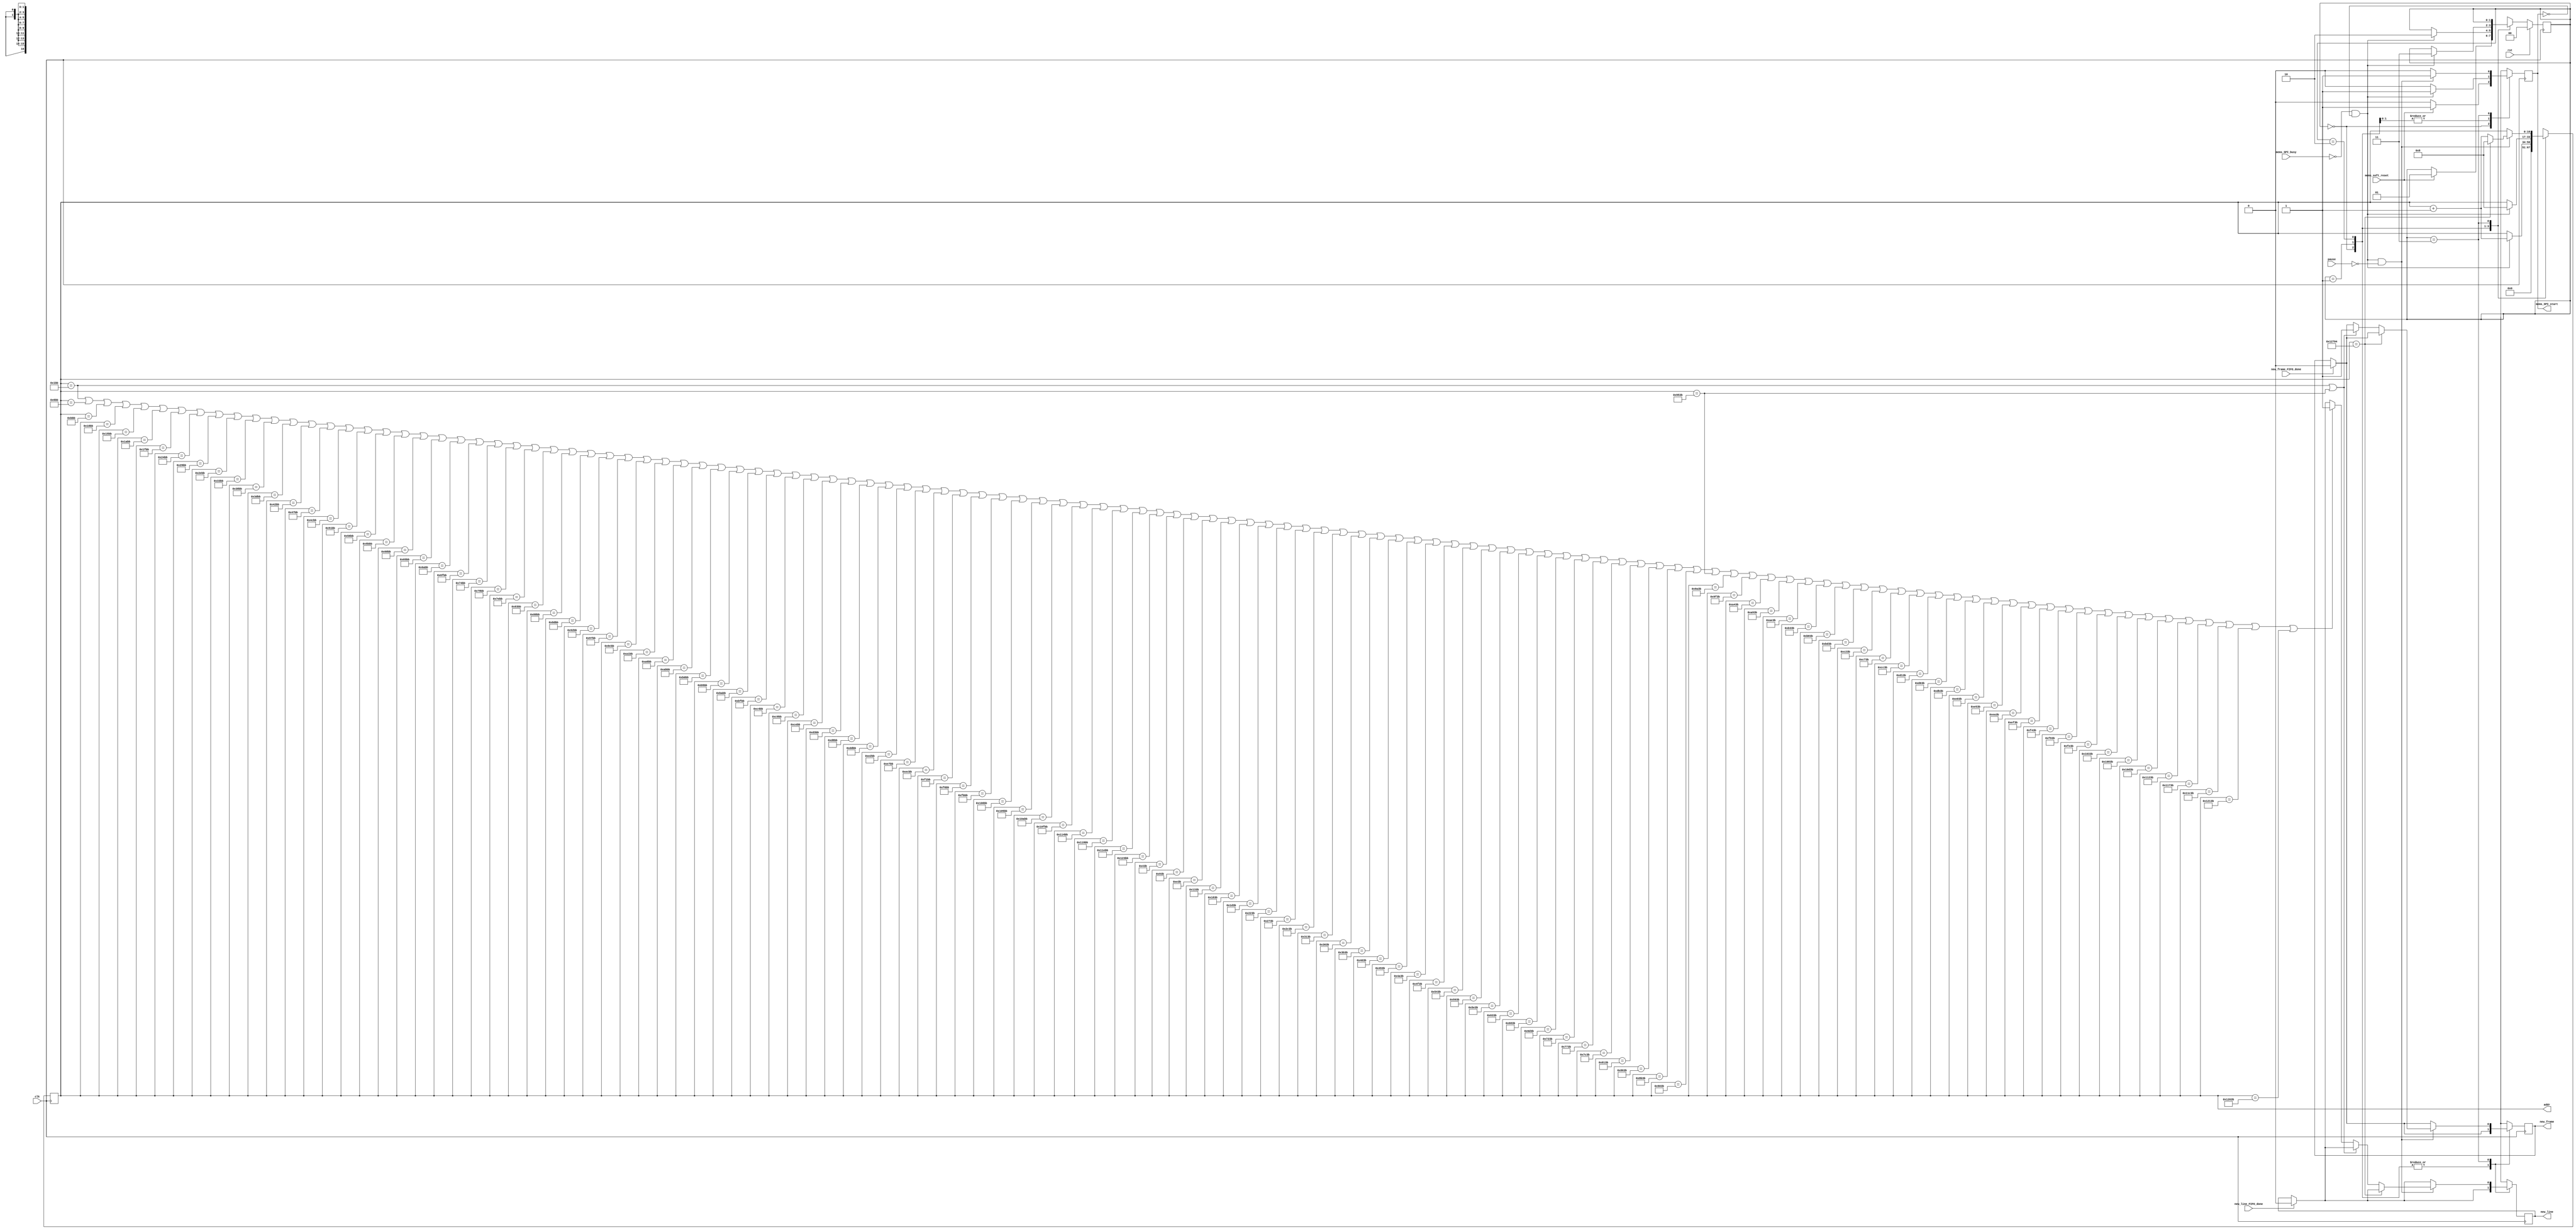
module mems_control (
    // INPUT
    input clk,
    input rst,
    input pause,
    input mems_SPI_busy,
    input mems_soft_reset,
    input new_line_FIFO_done,
    input new_frame_FIFO_done,

    // OUTPUT
    output mems_SPI_start,
    output new_line,
    output new_frame,
    output [16:0] addr
  );
  
  reg new_line_d, new_line_q;//=1'b0;
  reg new_frame_d, new_frame_q;//=1'b0;
  
  assign mems_SPI_start=mems_SPI_start_q;

  assign new_line = new_line_q;
  assign new_frame = new_frame_q;

  assign addr = addr_q;
  
  localparam STATE_SIZE = 2;
  localparam IDLE = 2'd0,
    SOFTWARE_RESET = 2'd1,
    VREF_SETUP = 2'd2,
    SET_CHANNEL = 2'd3;
 
  reg [STATE_SIZE-1:0] state_d, state_q;
  reg [16:0] addr_d, addr_q;
  reg mems_SPI_start_d, mems_SPI_start_q; 
  reg play_d, play_q;
  wire rom_scan_is_done;



  always @(*) begin

    if (new_line_FIFO_done==1'b1) begin
      new_line_d=1'b0; // latch here is not fine (if at the same time 2 modules -> problem)
    end else begin
      new_line_d = new_line_q;
    end

    if (new_frame_FIFO_done==1'b1) begin
      new_frame_d=1'b0; // latch here is not fine
    end else begin
      new_frame_d = new_frame_q;
    end

    state_d = state_q; // default values
    addr_d = addr_q;   // needed to prevent latches
    play_d = play_q;

    case (state_q)
      IDLE: begin
        addr_d = 4'b0;
        mems_SPI_start_d=1'b0;
        if (mems_soft_reset==1'b1) begin
          state_d = SOFTWARE_RESET;
          mems_SPI_start_d=1'b1;
        end
      end // IDLE
      SOFTWARE_RESET: begin
        mems_SPI_start_d=1'b0;
        if (!mems_SPI_busy && mems_SPI_start_q == 1'b0) begin 
          addr_d=addr_q+1'b1;
          state_d = VREF_SETUP;
          mems_SPI_start_d = 1'b1;
        end
      end // SOFTWARE_RESET
      VREF_SETUP: begin // we hav problem with DAC, change its ref voltage from external to internal and vice versa -> have to send command for external one all time.
        mems_SPI_start_d=1'b0;
        if (!mems_SPI_busy && mems_SPI_start_q == 1'b0) begin 
          addr_d = 17'd8;//addr_q + 1'b1; // will be 2 in SET_CHANNEL
          state_d = SET_CHANNEL;
          mems_SPI_start_d = 1'b1;
        end
      end // VREF_SETUP
      SET_CHANNEL: begin
                play_d=1'b0;
                mems_SPI_start_d = 1'b0;

                if ((!mems_SPI_busy && mems_SPI_start_q == 1'b0) && pause==1'b0) begin 
                    mems_SPI_start_d = 1'b1;    

                    // begin from the beginning if end reached.         
                    if (addr_q==17'd75524) begin //75524 fro 59x160 //37444 for 39x120 // 74884 for 39x240
                         addr_d = 17'd8;  
                    end else begin
                    
    if (addr_q == 17'd443 || addr_q==17'd38203) begin


                            new_frame_d = 1'b1;
                    end else 


if (addr_q == 17'd443 || addr_q == 17'd1723 || addr_q == 17'd3003 || addr_q == 17'd4283 || addr_q == 17'd5563 || addr_q == 17'd6843 || addr_q == 17'd8123 || addr_q == 17'd9403 || addr_q == 17'd10683 || addr_q == 17'd11963 || addr_q == 17'd13243 || addr_q == 17'd14523 || addr_q == 17'd15803 || addr_q == 17'd17083 || addr_q == 17'd18363 || addr_q == 17'd19643 || addr_q == 17'd20923 || addr_q == 17'd22203 || addr_q == 17'd23483 || addr_q == 17'd24763 || addr_q == 17'd26043 || addr_q == 17'd27323 || addr_q == 17'd28603 || addr_q == 17'd29883 || addr_q == 17'd31163 || addr_q == 17'd32443 || addr_q == 17'd33723 || addr_q == 17'd35003 || addr_q == 17'd36283 || addr_q == 17'd37563 || addr_q == 17'd38843 || addr_q == 17'd40123 || addr_q == 17'd41403 || addr_q == 17'd42683 || addr_q == 17'd43963 || addr_q == 17'd45243 || addr_q == 17'd46523 || addr_q == 17'd47803 || addr_q == 17'd49083 || addr_q == 17'd50363 || addr_q == 17'd51643 || addr_q == 17'd52923 || addr_q == 17'd54203 || addr_q == 17'd55483 || addr_q == 17'd56763 || addr_q == 17'd58043 || addr_q == 17'd59323 || addr_q == 17'd60603 || addr_q == 17'd61883 || addr_q == 17'd63163 || addr_q == 17'd64443 || addr_q == 17'd65723 || addr_q == 17'd67003 || addr_q == 17'd68283 || addr_q == 17'd69563 || addr_q == 17'd70843 || addr_q == 17'd72123 || addr_q == 17'd73403 || addr_q == 17'd74683 || addr_q == 17'd1083 || addr_q == 17'd2363 || addr_q == 17'd3643 || addr_q == 17'd4923 || addr_q == 17'd6203 || addr_q == 17'd7483 || addr_q == 17'd8763 || addr_q == 17'd10043 || addr_q == 17'd11323 || addr_q == 17'd12603 || addr_q == 17'd13883 || addr_q == 17'd15163 || addr_q == 17'd16443 || addr_q == 17'd17723 || addr_q == 17'd19003 || addr_q == 17'd20283 || addr_q == 17'd21563 || addr_q == 17'd22843 || addr_q == 17'd24123 || addr_q == 17'd25403 || addr_q == 17'd26683 || addr_q == 17'd27963 || addr_q == 17'd29243 || addr_q == 17'd30523 || addr_q == 17'd31803 || addr_q == 17'd33083 || addr_q == 17'd34363 || addr_q == 17'd35643 || addr_q == 17'd36923 || addr_q == 17'd38203 || addr_q == 17'd39483 || addr_q == 17'd40763 || addr_q == 17'd42043 || addr_q == 17'd43323 || addr_q == 17'd44603 || addr_q == 17'd45883 || addr_q == 17'd47163 || addr_q == 17'd48443 || addr_q == 17'd49723 || addr_q == 17'd51003 || addr_q == 17'd52283 || addr_q == 17'd53563 || addr_q == 17'd54843 || addr_q == 17'd56123 || addr_q == 17'd57403 || addr_q == 17'd58683 || addr_q == 17'd59963 || addr_q == 17'd61243 || addr_q == 17'd62523 || addr_q == 17'd63803 || addr_q == 17'd65083 || addr_q == 17'd66363 || addr_q == 17'd67643 || addr_q == 17'd68923 || addr_q == 17'd70203 || addr_q == 17'd71483 || addr_q == 17'd72763 || addr_q == 17'd74043 || addr_q==17'd75323) begin


                     new_line_d=1'b1;
                   end 






                      addr_d = addr_q+1'b1;
                end // if end is reached





                end // new data
      end // SET_CHANNEL

      default: state_d = IDLE;
    endcase
  end // always
 



  always @(posedge clk) begin
    if (rst) begin
      state_q <= IDLE;
    end else begin
      state_q <= state_d;
    end
    new_line_q <= new_line_d; 
    new_frame_q <= new_frame_d; 
    mems_SPI_start_q <= mems_SPI_start_d;
    addr_q <= addr_d;
    play_q <= play_d;
  end
 
endmodule